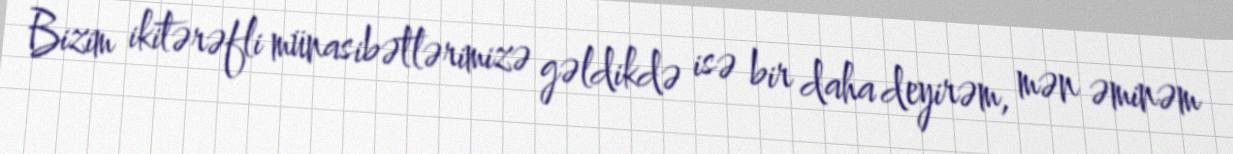
Bizim ikitərəfli münasibətlərimizə gəldikdə isə bir daha deyirəm, mən əminəm